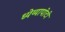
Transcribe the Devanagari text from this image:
ध्‍येय्यापोटी